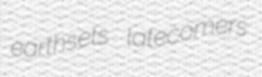
earthsets latecomers